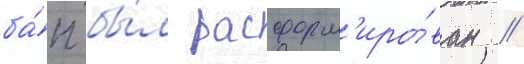
ба́п бы́л расформ'иро́ван //